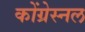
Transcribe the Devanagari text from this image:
कोंग्रेस्नल